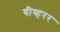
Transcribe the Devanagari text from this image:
बीव्हरर